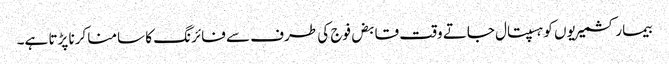
بیمار کشمیریوں کو ہسپتال جاتے وقت قابض فوج کی طرف سے فائرنگ کا سامنا کرنا پڑتا ہے۔